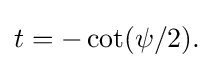
{\textstyle t=-\cot(\psi /2).}